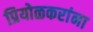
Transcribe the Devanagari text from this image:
प्रियोळकरांना